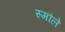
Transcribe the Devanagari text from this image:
स्मौले